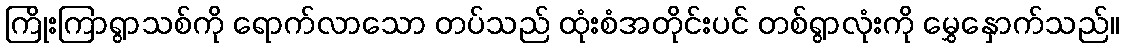
ကြိုးကြာရွာသစ်ကို ရောက်လာသော တပ်သည် ထုံးစံအတိုင်းပင် တစ်ရွာလုံးကို မွှေနှောက်သည်။